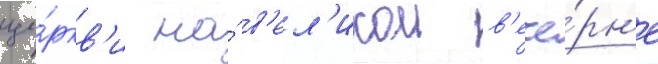
це́ркв'и на́ в'ел'икои в'ече́рн'е